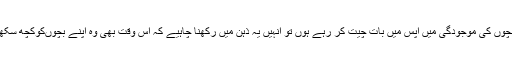
اگر والدین بچوں کی موجودگی میں آپس میں بات چیت کر رہے ہوں تو انہیں یہ ذہن میں رکھنا چاہیے کہ اس وقت بھی وہ اپنے بچوںکوکچھ سکھا رہے ہیں۔